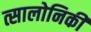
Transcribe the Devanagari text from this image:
त्सालोनिकी